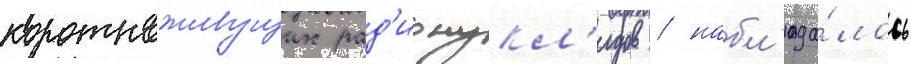
короткоживущих рад'ионукл'идов / набл'юда́лось